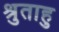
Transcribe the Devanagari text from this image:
श्रुताहु